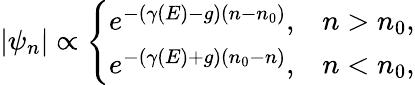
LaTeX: |\psi_{n}|\propto\left\{ \begin{array}{cc}{e^{-(\gamma(E)-g)(n-n_{0})},}&{n>n_{0},}\\ {e^{-(\gamma(E)+g)(n_{0}-n)},}&{n<n_{0},}\end{array}\right.